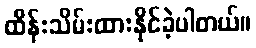
ထိန်းသိမ်းထားနိုင်ခဲ့ပါတယ်။